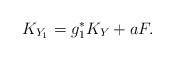
LaTeX: \begin{align*}K_{Y_1}=g_1^{\ast}K_Y+aF.\end{align*}